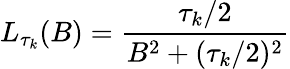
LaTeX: L_{\tau_{k}}(B)=\frac{\tau_{k}/2}{B^{2}+(\tau_{k}/2)^{2}}